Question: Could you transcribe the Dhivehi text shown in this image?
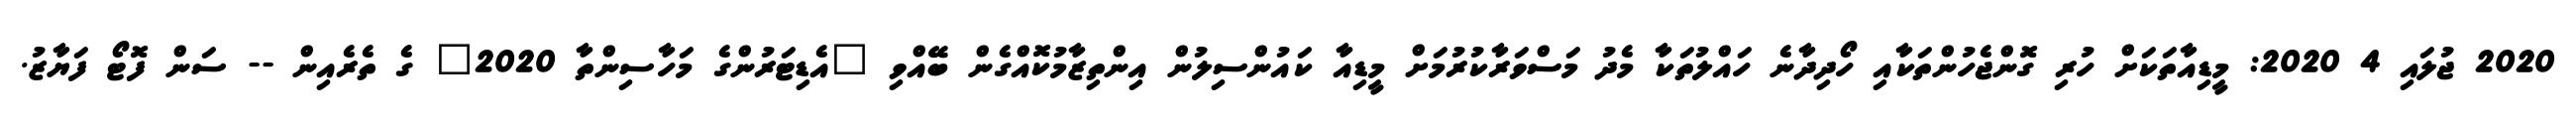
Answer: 2020 ޖުލައި 4 2020: މީޑިއާތަކަށް ހުރި ގޮންޖެހުންތަކާއި ހޯދިދާނެ ހައްލުތަކާ މެދު މަސްވަރާކުރުމަށް މީޑިއާ ކައުންސިލުން އިންތިޒާމުކޮއްގެން ބޭއްވި "އެޑިޓަރުންގެ މަހާސިންތާ 2020" ގެ ތެރެއިން -- ސަން ފޮޓޯ ފަޔާޒު.